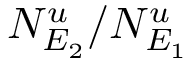
N _ { E _ { 2 } } ^ { u } / N _ { E _ { 1 } } ^ { u }